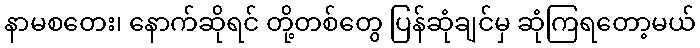
နာမစတေး၊ နောက်ဆိုရင် တို့တစ်တွေ ပြန်ဆုံချင်မှ ဆုံကြရတော့မယ်